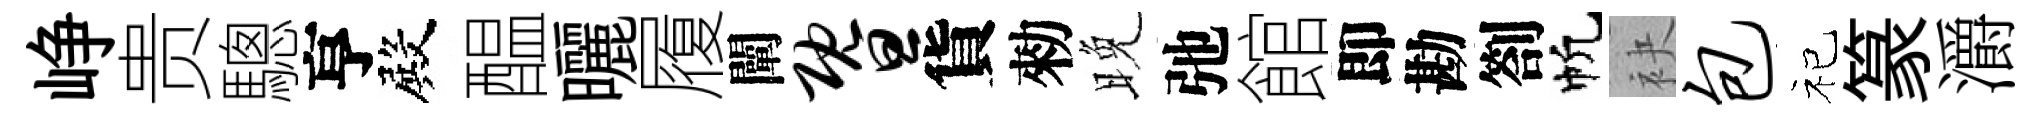
峥贵驄亨殿醖曬履闡暨貨勑晚弛館即勘劄帆袂包祀篆灂